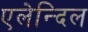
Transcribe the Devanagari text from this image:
एलेन्दिल